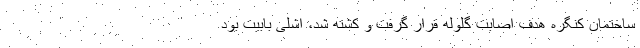
ساختمان کنگره هدف اصابت گلوله قرار گرفت و کشته شد، اشلی بابیت بود